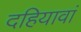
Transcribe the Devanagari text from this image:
दहियावां